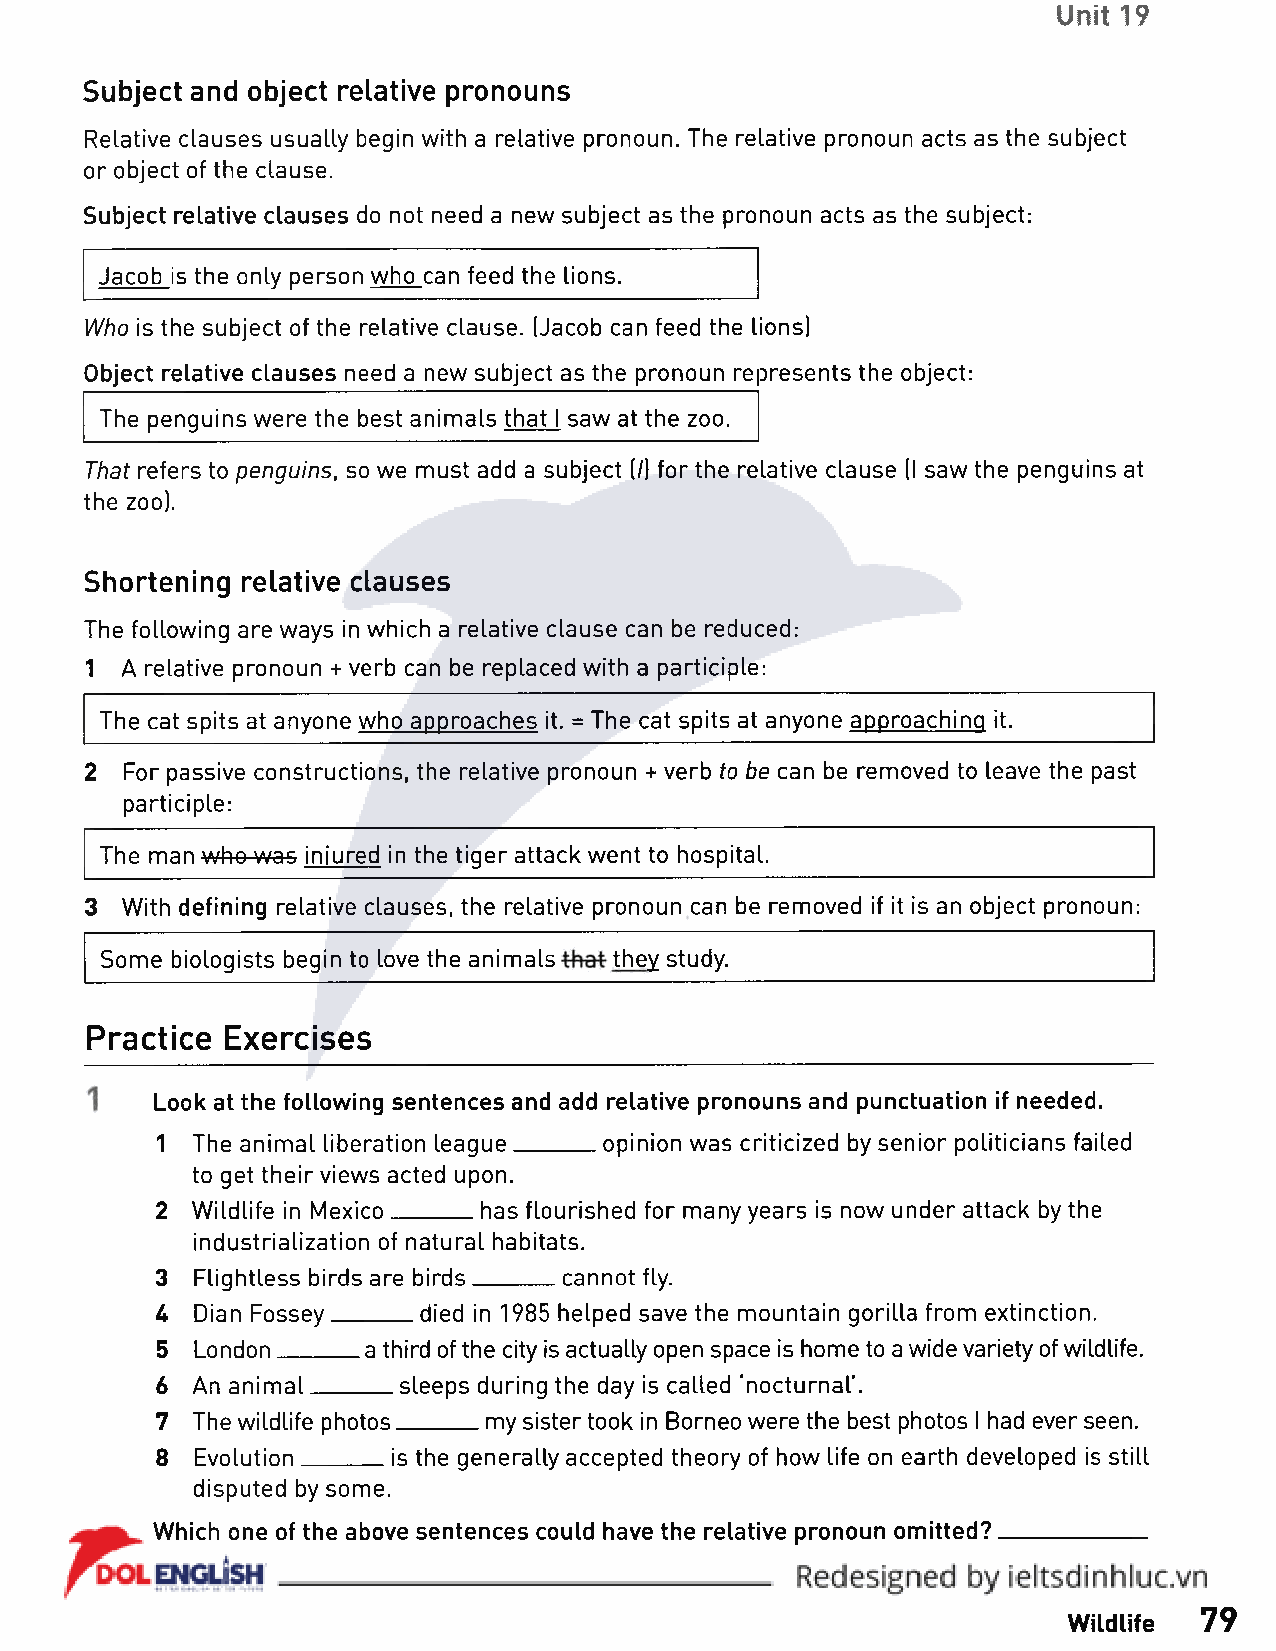
Unit 19
 Subject and object relative pronouns
 Relative clauses usually begin with a relative pronoun. The relative pronoun acts as the subject
 or object of the clause.
 Subject relative clauses do not need a new subject as the pronoun acts as the subject:
 Jacob is the only person who can feed the lions.
 Who is the subject of the relative clause. (Jacob can feed the lions)
 Object relative clauses need a new subject as the pronoun re Dresents the object:
 The penguins were the best animals that I saw at the zoo.
 That refers to penguins, so we must add a subject (/) for the relative clause (I saw the penguins at
 the zoo).
 Shortening relative clauses
 The following are ways in which a relative clause can be reduced:
 1 A relative pronoun + verb can be replaced with a participle:
 The cat spits at anyone who approaches it. = The cat spits at anyone approaching it.
 2 For passive constructions, the relative pronoun + verb to be can be removed to leave the past
 participle:
 The man who was injured in the tiger attack went to hospital.
 3 With defining relative clauses, the relative pronoun can be removed if it is an object pronoun:
 Some biologists begin to love the animals they study.
 Practice Exercises
 Look at the following sentences and add relative pronouns and punctuation if needed.
 1  The animal liberation league______ opinion was criticized by senior politicians failed
 to get their views acted upon.
 2  Wildlife in Mexico__________ has flourished for many years is now under attack by the
 industrialization of natural habitats.
 3  Flightless birds are birds______ cannot fly.
 4  Dian Fossey______ died in 1985 helped save the mountain gorilla from extinction.
 5  London______ a third of the city is actually open space is home to a wide variety of wildlife.
 6  An animal______ sleeps during the day is called 'nocturnal’.
 7  The wildlife photos_______ my sister took in Borneo were the best photos I had ever seen.
 8  Evolution______ is the generally accepted theory of how life on earth developed is still
 disputed by some.
 Which one of the above sentences could have the relative pronoun omitted?____________
 Wildlife 79